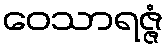
ဝေသာရဇ္ဇံ